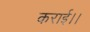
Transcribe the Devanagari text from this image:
कराई।।